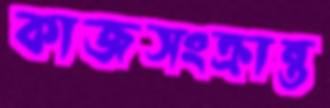
কাজসংক্রান্ত